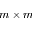
m \times m